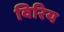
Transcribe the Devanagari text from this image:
विरिय